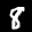
Label: 8